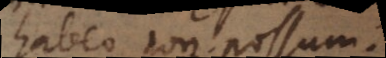
habeo non possum.